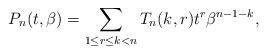
\begin{gather*}P_n(t,\beta)= \sum_{1 \le r \le k < n} T_n(k,r) t^{r} \beta^{n-1-k},\end{gather*}